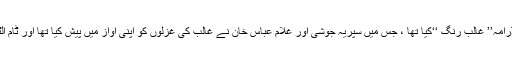
اقبال نیازی نے ’ کردار آرٹ اکیڈمی ‘‘ کے تحت نہرو سینٹر میں میوزیکل ڈرامہ’’ غالب رنگ ‘‘کیا تھا ، جس میں سپریہ جوشی اور غلام عباس خان نے غالب کی غزلوں کو اپنی آواز میں پیش کیا تھا اور ٹام آلٹر کے ساتھ جوہی ببر نے غالب کے خطوط ڈرامائی انداز میں پڑھے تھے ۔